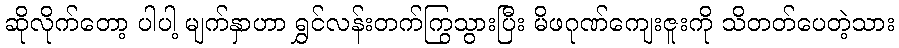
ဆိုလိုက်တော့ ပါပါ့ မျက်နှာဟာ ရွှင်လန်းတက်ကြွသွားပြီး မိဖဂုဏ်ကျေးဇူးကို သိတတ်ပေတဲ့သား